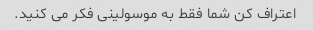
اعتراف کن شما فقط به موسولینی فکر می کنید.